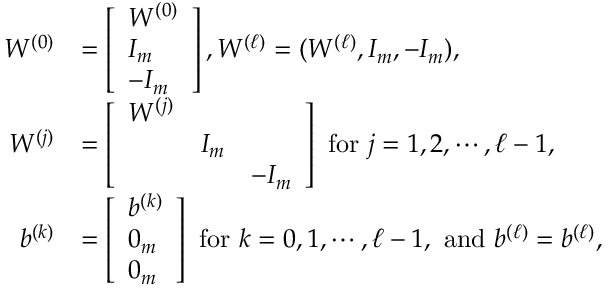
\begin{array} { r l } { W ^ { ( 0 ) } } & { = \left[ \begin{array} { l } { W ^ { ( 0 ) } } \\ { I _ { m } } \\ { - I _ { m } } \end{array} \right] , W ^ { ( \ell ) } = ( W ^ { ( \ell ) } , I _ { m } , - I _ { m } ) , } \\ { W ^ { ( j ) } } & { = \left[ \begin{array} { l l l } { W ^ { ( j ) } } & & \\ & { I _ { m } } & \\ & & { - I _ { m } } \end{array} \right] \mathrm { ~ f o r ~ } j = 1 , 2 , \cdots , \ell - 1 , } \\ { b ^ { ( k ) } } & { = \left[ \begin{array} { l } { b ^ { ( k ) } } \\ { 0 _ { m } } \\ { 0 _ { m } } \end{array} \right] \mathrm { ~ f o r ~ } k = 0 , 1 , \cdots , \ell - 1 , \mathrm { ~ a n d ~ } b ^ { ( \ell ) } = b ^ { ( \ell ) } , } \end{array}